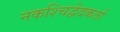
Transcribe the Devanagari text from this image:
नकश्चिद्वेदकर्ता